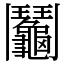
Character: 鬮